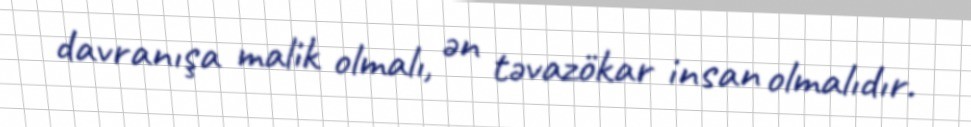
davranışa malik olmalı, ən təvazökar insan olmalıdır.